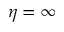
\eta = \infty